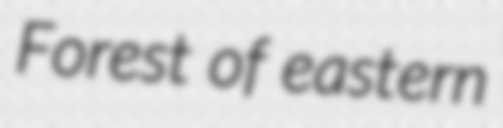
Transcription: Forest of eastern